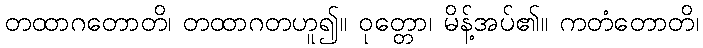
တထာဂတောတိ၊ တထာဂတဟူ၍။ ဝုတ္တော၊ မိန့်အပ်၏။ ကတံတောတိ၊